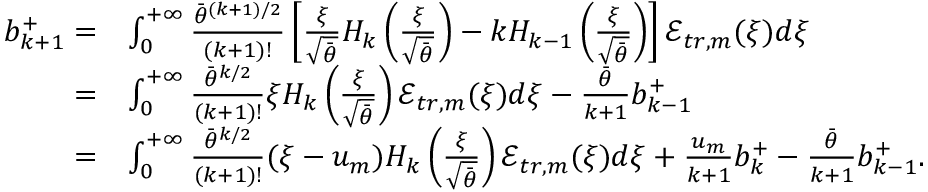
\begin{array} { r l } { b _ { k + 1 } ^ { + } = } & { \int _ { 0 } ^ { + \infty } \frac { \bar { \theta } ^ { ( k + 1 ) / 2 } } { ( k + 1 ) ! } \left[ \frac { \xi } { \sqrt { \bar { \theta } } } H _ { k } \left( \frac { \xi } { \sqrt { \bar { \theta } } } \right) - k H _ { k - 1 } \left( \frac { \xi } { \sqrt { \bar { \theta } } } \right) \right] \mathcal { E } _ { t r , m } ( \xi ) d \xi } \\ { = } & { \int _ { 0 } ^ { + \infty } \frac { \bar { \theta } ^ { k / 2 } } { ( k + 1 ) ! } \xi H _ { k } \left( \frac { \xi } { \sqrt { \bar { \theta } } } \right) \mathcal { E } _ { t r , m } ( \xi ) d \xi - \frac { \bar { \theta } } { k + 1 } b _ { k - 1 } ^ { + } } \\ { = } & { \int _ { 0 } ^ { + \infty } \frac { \bar { \theta } ^ { k / 2 } } { ( k + 1 ) ! } ( \xi - u _ { m } ) H _ { k } \left( \frac { \xi } { \sqrt { \bar { \theta } } } \right) \mathcal { E } _ { t r , m } ( \xi ) d \xi + \frac { u _ { m } } { k + 1 } b _ { k } ^ { + } - \frac { \bar { \theta } } { k + 1 } b _ { k - 1 } ^ { + } . } \end{array}